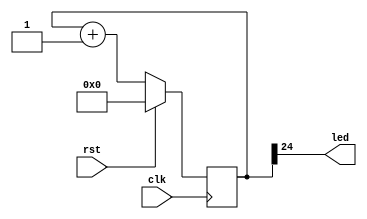
/******************************************************************************
*                                                                             *
* Copyright 2016 myStorm Copyright and related                                *
* rights are licensed under the Solderpad Hardware License, Version 0.51      *
* (the License); you may not use this file except in compliance with        *
* the License. You may obtain a copy of the License at                        *
* http://solderpad.org/licenses/SHL-0.51. Unless required by applicable       *
* law or agreed to in writing, software, hardware and materials               *
* distributed under this License is distributed on an AS IS BASIS,          *
* WITHOUT WARRANTIES OR CONDITIONS OF ANY KIND, either express or             *
* implied. See the License for the specific language governing                *
* permissions and limitations under the License.                              *
*                                                                             *
******************************************************************************/

module blink(input clk, input rst, output led);

	reg [24:0] count;

	assign led = count[24];

	always @(posedge clk)
	    if(rst)
                count = 0;
            else
		count <= count + 1;

endmodule